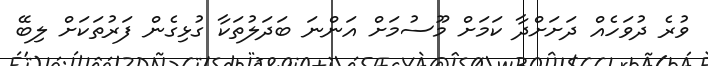
ވުރެ ދުވަހެއް ދަށަށްދާ ކަމަށް މޫސުމަށް އަންނަ ބަދަލުތަކާ ގުޅިގެން ފަރުތަކަށް ލިބޭ